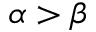
\alpha > \beta